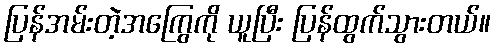
ပြန်အမ်းတဲ့အကြွေကို ယူပြီး ပြန်ထွက်သွားတယ်။